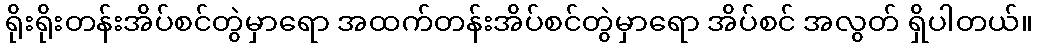
ရိုးရိုးတန်းအိပ်စင်တွဲမှာရော အထက်တန်းအိပ်စင်တွဲမှာရော အိပ်စင် အလွတ် ရှိပါတယ်။